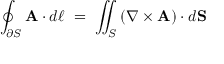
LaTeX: \oint _ { \partial S } \mathbf { A } \cdot d { \boldsymbol { \ell } } \ = \ \iint _ { S } \left( \nabla \times \mathbf { A } \right) \cdot d \mathbf { S }